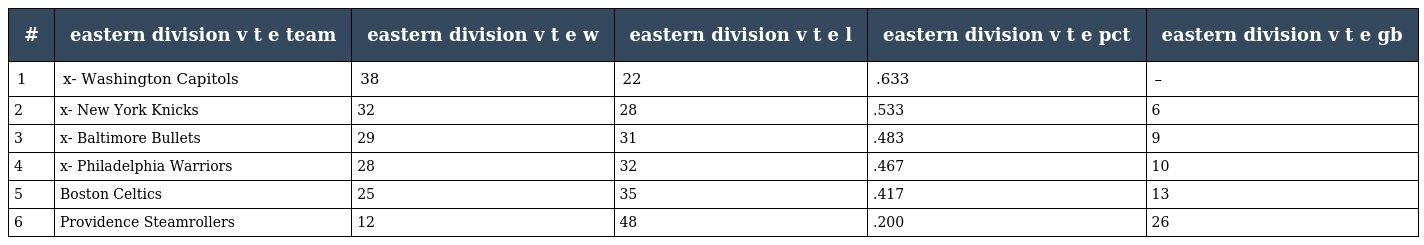
| # | eastern division v t e team | eastern division v t e w | eastern division v t e l | eastern division v t e pct | eastern division v t e gb |
 | --- | --- | --- | --- | --- | --- |
 | 1 | x- Washington Capitols | 38 | 22 | .633 | – |
 | 2 | x- New York Knicks | 32 | 28 | .533 | 6 |
 | 3 | x- Baltimore Bullets | 29 | 31 | .483 | 9 |
 | 4 | x- Philadelphia Warriors | 28 | 32 | .467 | 10 |
 | 5 | Boston Celtics | 25 | 35 | .417 | 13 |
 | 6 | Providence Steamrollers | 12 | 48 | .200 | 26 |